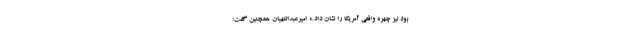
بود نیز چهره واقعی آمریکا را نشان داد.» امیرعبداللهیان همچنین گفت: